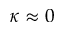
\kappa \approx 0